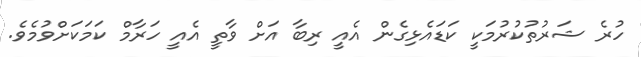
ހުރެ ޝަރުތުކުރުމަކީ ކަޑައެޅިގެން އެއީ ރިބާ އަށް ވާތީ އެއީ ހަރާމް ކަމަކަށްވުމެވެ.